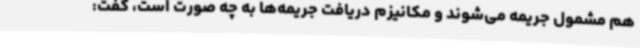
هم مشمول جریمه می‌شوند و مکانیزم دریافت جریمه‌ها به چه صورت است، گفت: